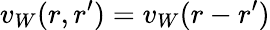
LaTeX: v_{W}(r,r^{\prime})=v_{W}(r-r^{\prime})